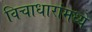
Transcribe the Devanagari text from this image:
विचाधारांमध्ये